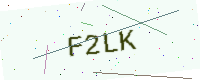
Text: F2LK